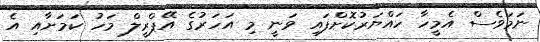
ނަމަވެސް އެމީހާ ހައްޔަރުކޮށްފައި ވަނީ މި އަހަރުގެ އޭޕްރީލް މަހު ކަމަށާއި އެ